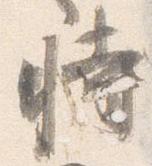
時